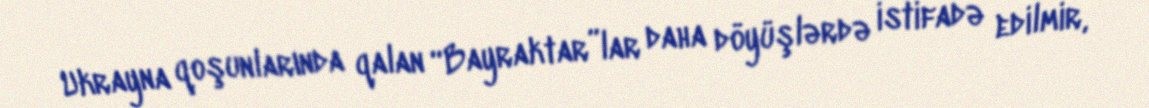
Ukrayna qoşunlarında qalan “Bayraktar”lar daha döyüşlərdə istifadə edilmir,